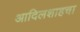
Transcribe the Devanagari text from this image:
आदिलशाहचा